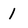
Character: 1